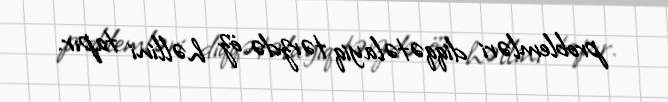
problemləri diqqətəlayiq tərzdə öz həllini tapır.